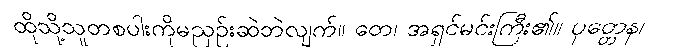
ထိုသို့သူတစပါးကိုမညှဉ်းဆဲဘဲလျက်။ တေ၊ အရှင်မင်းကြီး၏။ ပုတ္တေန၊